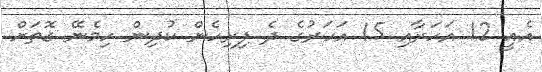
އެއީ 12 އަހަރާއި 15 އަހަރުގެ ދެ ފިރިހެން ކުދިން ހިމެނޭ ގޮތަށް